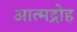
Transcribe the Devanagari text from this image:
आत्मद्रोह